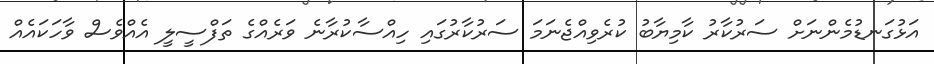
އަޅުގަނޑުމެންނަށް ސަރުކާރު ކާމިޔާބު ކުރެވިއްޖެނަމަ ސަރުކާރުގައި ހިއްސާކުރާނެ ވަރެއްގެ ތަފްސީލީ އެއްވެސް ވާހަކައެއް